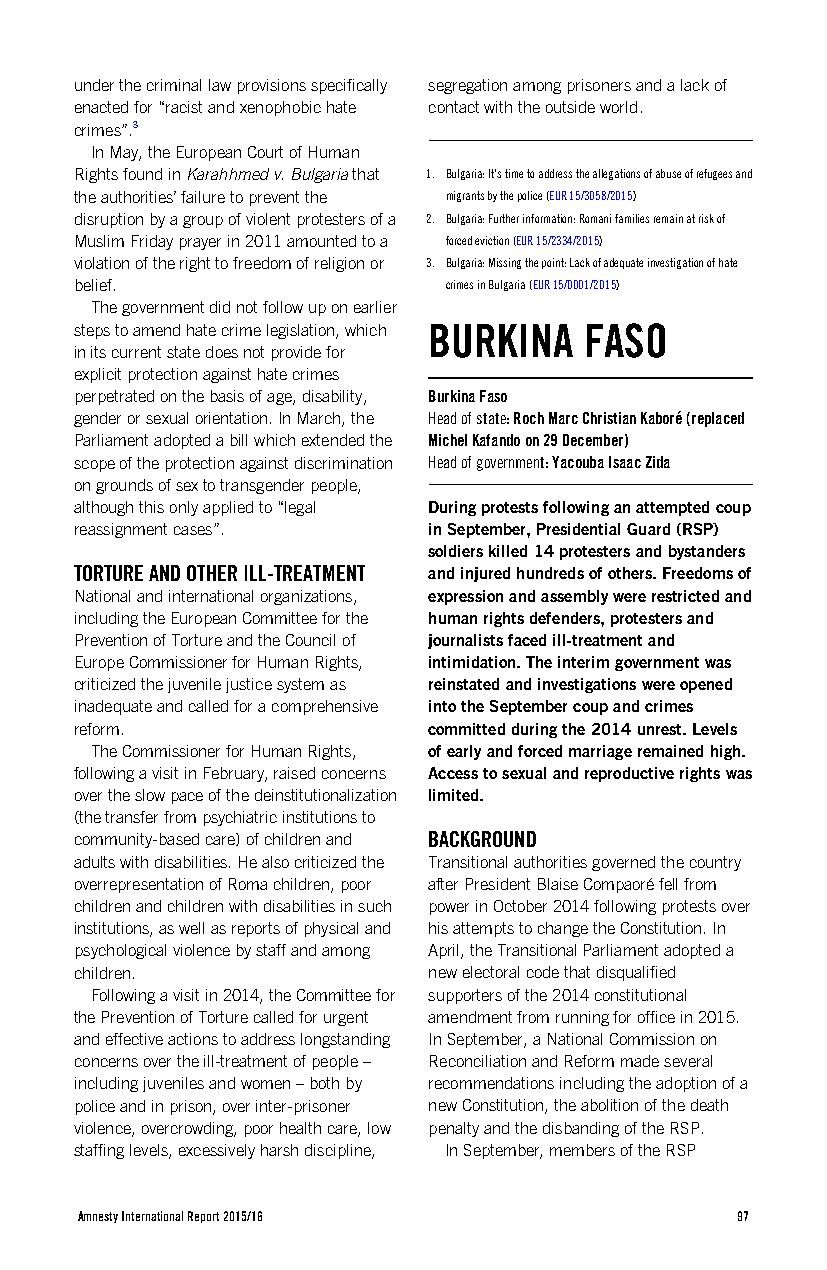
under the criminal law provisions specifically segregation among prisoners and a lack of
 enacted for “racist and xenophobic hate contact with the outside world.
 crimes”.3
 In May, the European Court of Human
 Rights found in Karahhmed v. Bulgaria that 1. Bulgaria: It’s time to address the allegations of abuse of refugees and
 the authorities’ failure to prevent the migrants by the police (EUR 15/3058/2015)
 disruption by a group of violent protesters of a 2. Bulgaria: Further information: Romani families remain at risk of
 Muslim Friday prayer in 2011 amounted to a forced eviction (EUR 15/2334/2015)
 violation of the right to freedom of religion or 3. Bulgaria: Missing the point: Lack of adequate investigation of hate
 belief.                  crimes in Bulgaria (EUR 15/0001/2015)
 The government did not follow up on earlier
 steps to amend hate crime legislation, which BURKINA FASO
 in its current state does not provide for
 explicit protection against hate crimes
 perpetrated on the basis of age, disability, Burkina Faso
 gender or sexual orientation. In March, the Head of state: Roch Marc Christian Kaboré (replaced
 Parliament adopted a bill which extended the Michel Kafando on 29 December)
 scope of the protection against discrimination Head of government: Yacouba Isaac Zida
 on grounds of sex to transgender people,
 although this only applied to “legal During protests following an attempted coup
 reassignment cases”.   in September, Presidential Guard (RSP)
 soldiers killed 14 protesters and bystanders
 TORTURE AND OTHER ILL-TREATMENT and injured hundreds of others. Freedoms of
 National and international organizations, expression and assembly were restricted and
 including the European Committee for the human rights defenders, protesters and
 Prevention of Torture and the Council of journalists faced ill-treatment and
 Europe Commissioner for Human Rights, intimidation. The interim government was
 criticized the juvenile justice system as reinstated and investigations were opened
 inadequate and called for a comprehensive into the September coup and crimes
 reform.                committed during the 2014 unrest. Levels
 The Commissioner for Human Rights, of early and forced marriage remained high.
 following a visit in February, raised concerns Access to sexual and reproductive rights was
 over the slow pace of the deinstitutionalization limited.
 (the transfer from psychiatric institutions to
 community-based care) of children and BACKGROUND
 adults with disabilities. He also criticized the Transitional authorities governed the country
 overrepresentation of Roma children, poor after President Blaise Compaoré fell from
 children and children with disabilities in such power in October 2014 following protests over
 institutions, as well as reports of physical and his attempts to change the Constitution. In
 psychological violence by staff and among April, the Transitional Parliament adopted a
 children.              new electoral code that disqualified
 Following a visit in 2014, the Committee for supporters of the 2014 constitutional
 the Prevention of Torture called for urgent amendment from running for office in 2015.
 and effective actions to address longstanding In September, a National Commission on
 concerns over the ill-treatment of people – Reconciliation and Reform made several
 including juveniles and women – both by recommendations including the adoption of a
 police and in prison, over inter-prisoner new Constitution, the abolition of the death
 violence, overcrowding, poor health care, low penalty and the disbanding of the RSP.
 staffing levels, excessively harsh discipline, In September, members of the RSP
 Amnesty International Report 2015/16        97